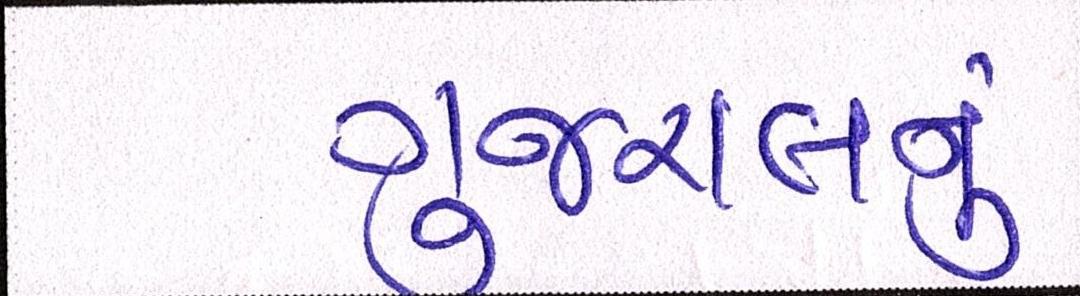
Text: ગુજરાલનું